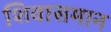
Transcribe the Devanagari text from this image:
शिवासमान